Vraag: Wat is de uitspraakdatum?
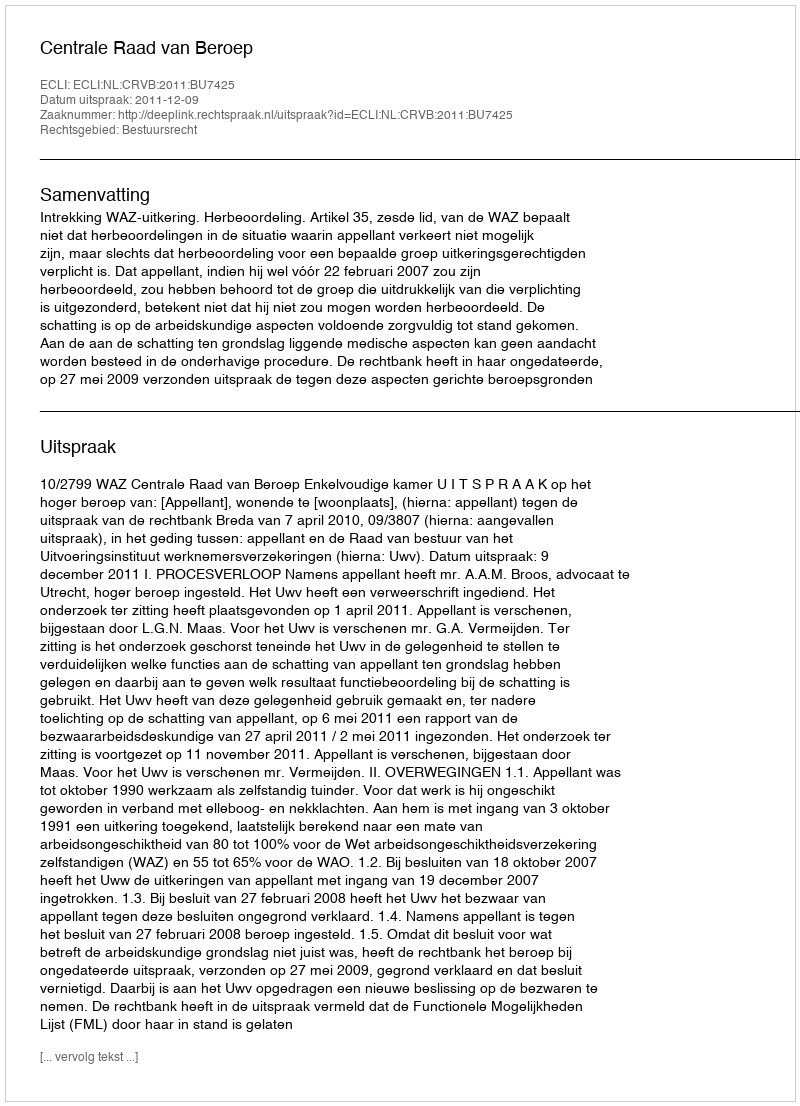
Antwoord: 2011-12-09